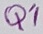
Text: Q1